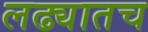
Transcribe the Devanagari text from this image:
लढ्यातच